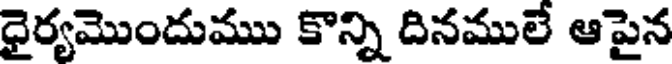
ధైర్యమొందుము కొన్ని దినములే ఆపైన